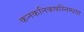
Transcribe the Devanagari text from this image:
कनकनिकषस्निग्धया